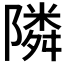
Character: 隣